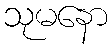
သုမနော